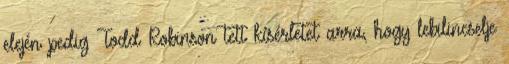
elején pedig Todd Robinson tett kísérletet arra, hogy lebilincselje